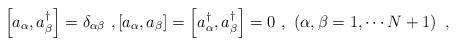
LaTeX: \begin{align*}\left[ a_\alpha,a^\dagger_\beta\right]=\delta_{\alpha\beta}\ ,\left[ a_\alpha,a_\beta\right]=\left[a^\dagger_\alpha,a^\dagger_\beta\right]=0\ ,\ \left(\alpha,\beta=1,\cdots N+1\right)\ ,\end{align*}